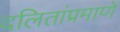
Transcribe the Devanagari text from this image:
दलितांप्रमाणे